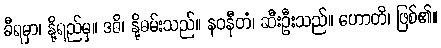
ခီရမှာ၊ နို့ရည်မှ။ ဒဓိ၊ နို့ဓမ်းသည်။ နဝနီတံ၊ ဆီးဦးသည်။ ဟောတိ၊ ဖြစ်၏။